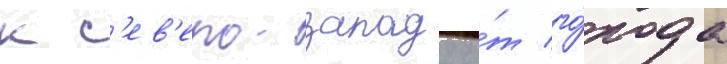
к с'ев'еро-западу о́т го́рода